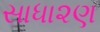
સાધા૨ણ